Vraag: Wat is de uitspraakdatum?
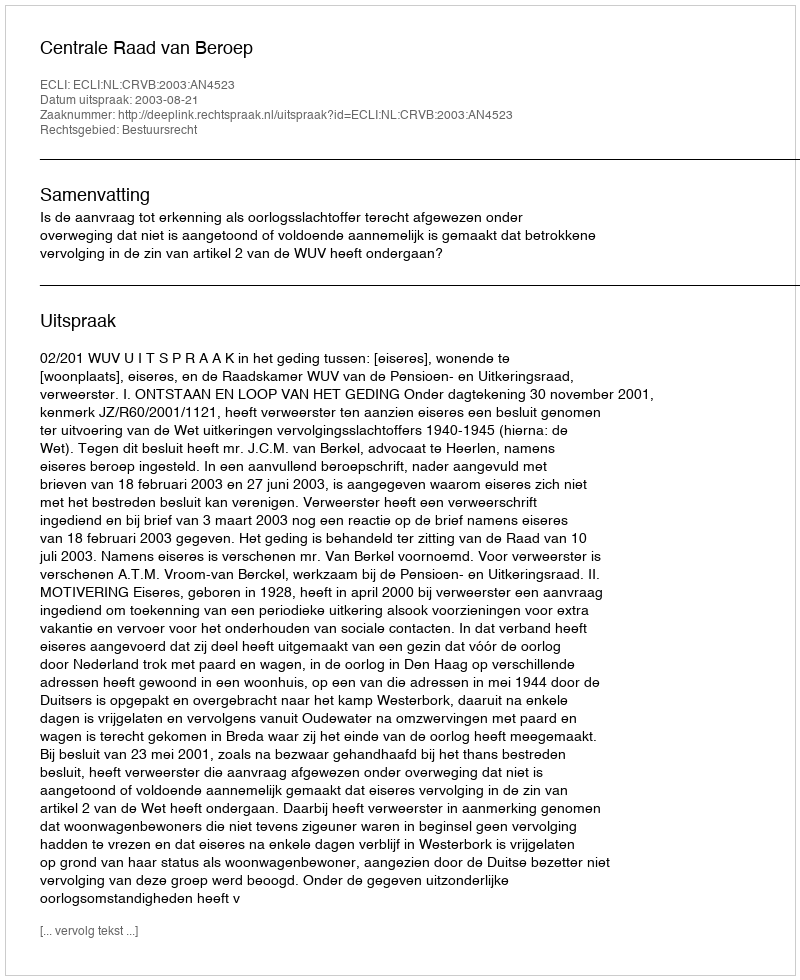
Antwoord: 2003-08-21